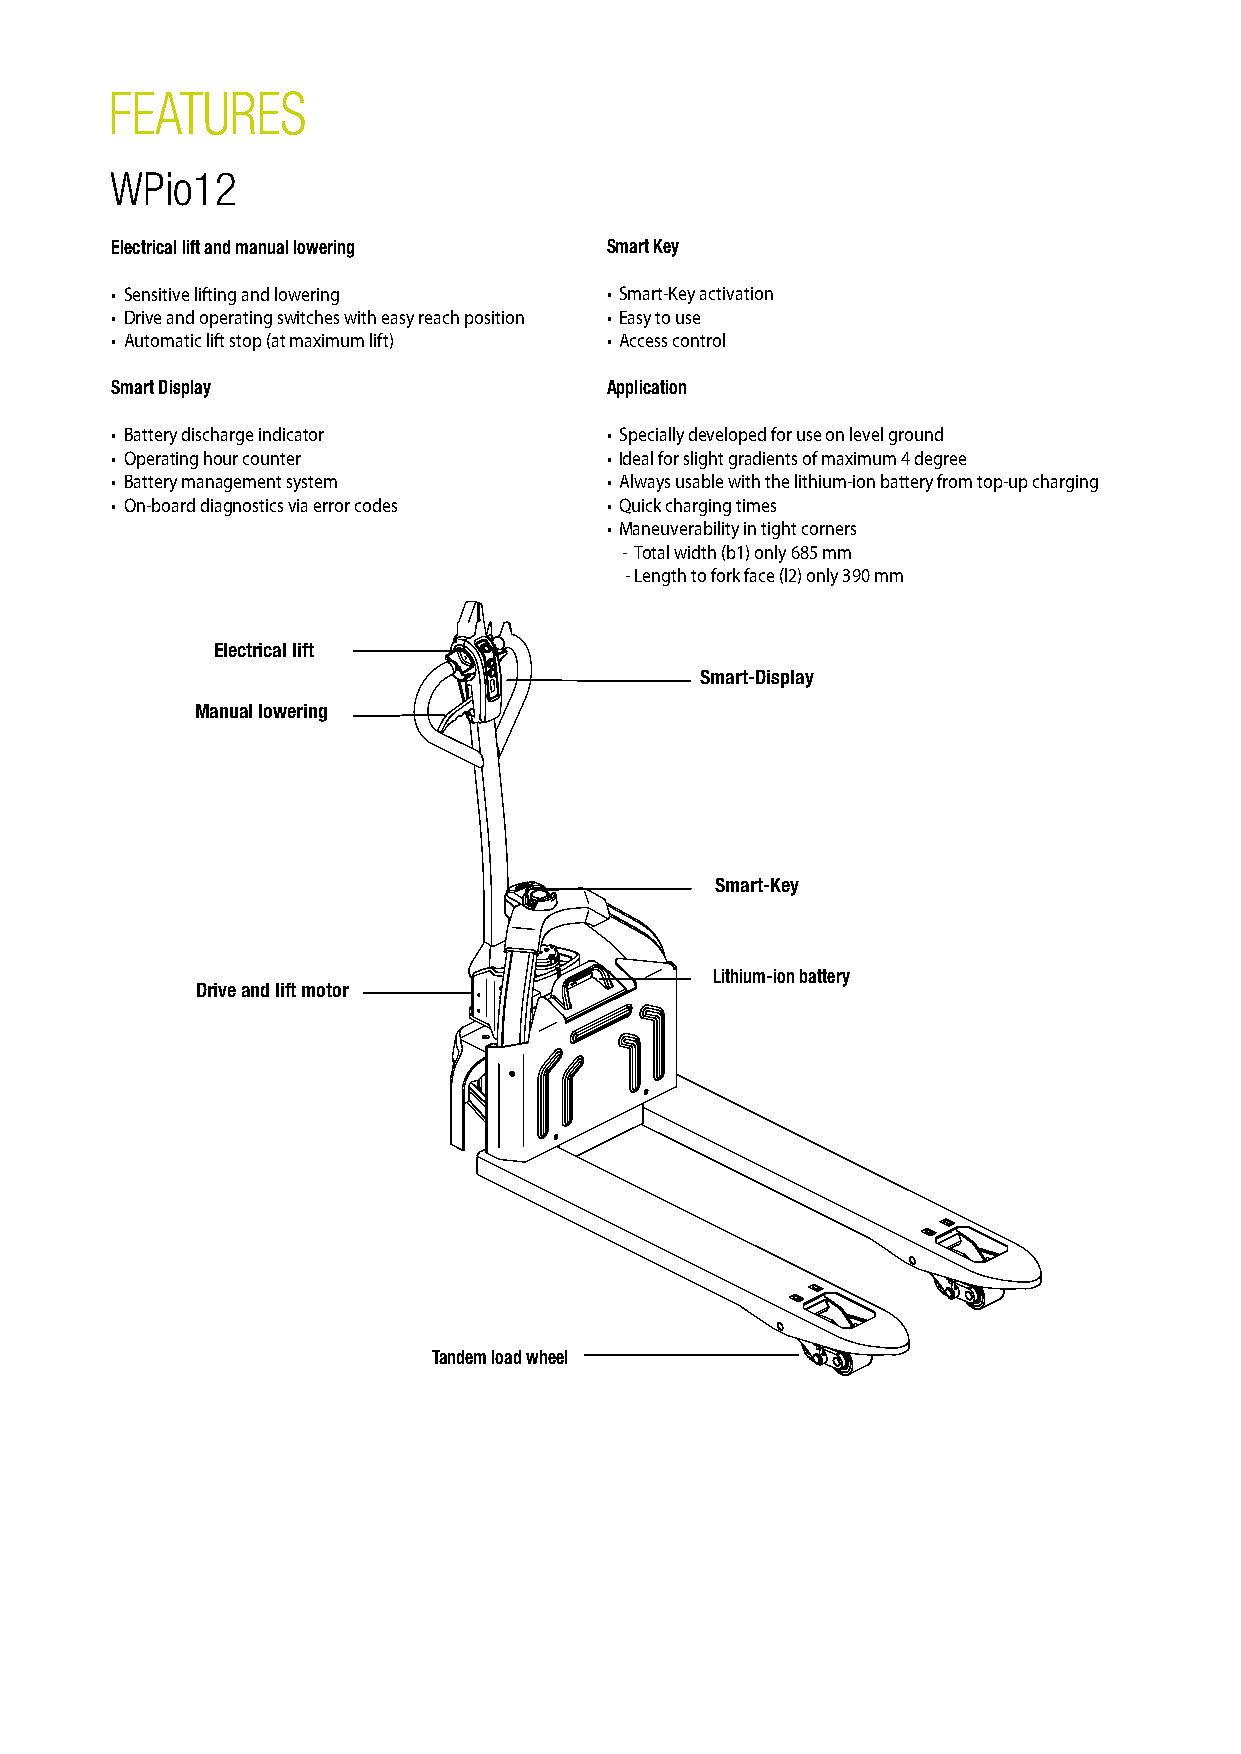
FEATURES                                                                PRODUCT      DESCRIPTION
 WPio12
 WPio
 Electrical lift and manual lowering Smart Key
 The WPio12 – an innovative assistant
 • Sensitive lifting and lowering • Smart-Key activation
 • Drive and operating switches with easy reach position • Easy to use
 • Automatic lift stop (at maximum lift) • Access control                The WPio12 is an electric hand pallet truck with a lithium-ion battery. It is ideal for transporting all kinds of goods over short distances.
 In contrast to conventional hand pallet trucks, the WPio12 lifts and moves goods using electrical power. The minimal L2 dimension (length
 Smart Display                    Application                            to face of forks) of only 390 mm, makes the WPio12 extremely compact and ideal for use in confined spaces, e.g. in stores and business centres of all types.
 • Battery discharge indicator    • Specially developed for use on level ground Its low service weight of only 130 kg is a further advantage that also allows the WPio12 to be transported in lorries and used on tail lifts.
 • Operating hour counter         • Ideal for slight gradients of maximum 4 degree
 Thanks to the maintenance-free lithium-ion battery and the included charger daily routines stay much the same when a conventional hand pallet truck is
 • Battery management system      • Always usable with the lithium-ion battery from top-up charging replaced with the WPio12. The WPio12 is perfect for light duties in goods distribution, production tasks or warehouse applications – an innovative assistant.
 • On-board diagnostics via error codes • Quick charging times
 • Maneuverability in tight corners
 - Total width (b1) only 685 mm
 - Length to fork face (l2) only 390 mm
 Advantages of lithium-ion technology in the WPio12
 Electrical lift
 Smart-Display                    High performance in a compact design
 The high energy density of the installed lithium-ion battery provides great travel performance and long operating periods of up to 3 hours. At the
 Manual lowering                                                   same time, the WPio12 is very compact and has a low service weight, which means it consumes up to 30 % less energy than vehicles with lead-acid
 batteries.
 Fast charging + top-up charging
 Top-up charging can be used between full charges without affecting the service life of the battery. The battery can be recharged with any
 After deep discharge cycle, charging to 60% battery capacity takes only 40 minutes and the battery is charged to full capacity after 2.5 hours.
 Smart-Key
 Double service life + maintenance-free battery
 The lithium-ion battery has approximately twice the service life of a conventional lead-acid battery (approximately 1,000 charge cycles).
 Furthermore, it does not require any maintenance with regard to battery acid.
 Lithium-ion battery
 Drive and lift motor
 Tandem load wheel
 CLARK Europe GmbH
 Dr.-Alfred-Herrhausen-Allee 33
 47228 Duisburg / Germany
 Tel.: +49 (0)2065 499 13-0
 Fax : +49 (0)2065 499 13-290
 E-Mail: Info-europe@clarkmheu.com
 www.clarkmheu.com